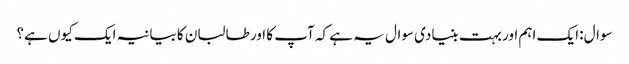
سوال: ایک اہم اور بہت بنیادی سوال یہ ہے کہ آپ کا اور طالبان کا بیانیہ ایک کیوں ہے؟